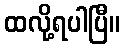
ထလို့ရပါပြီ။